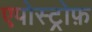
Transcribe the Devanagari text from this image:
एपोस्ट्रोफ़